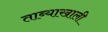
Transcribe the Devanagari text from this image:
ताब्याखाली